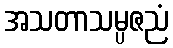
အသတာသမ္ပဇညံ